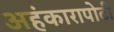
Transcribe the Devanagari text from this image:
अहंकारापोटी